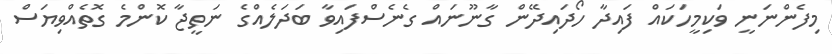
މިފެންނަނީ ވަކިމީހަކައް ފައިދާ ހޯދައިދޭން ގާނޫނައް ގެނެސްފައިވާ ބަދަލެއްގެ ނަތީޖާ ކޮންމެ ގޮތެއްވިޔަސް